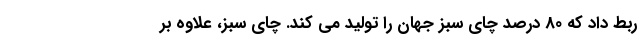
ربط داد که 80 درصد چای سبز جهان را تولید می کند. چای سبز، علاوه بر